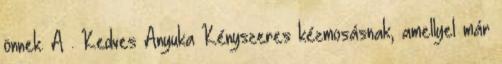
önnek. A . Kedves Anyuka Kényszeres kézmosásnak, amellyel már